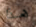
هذا